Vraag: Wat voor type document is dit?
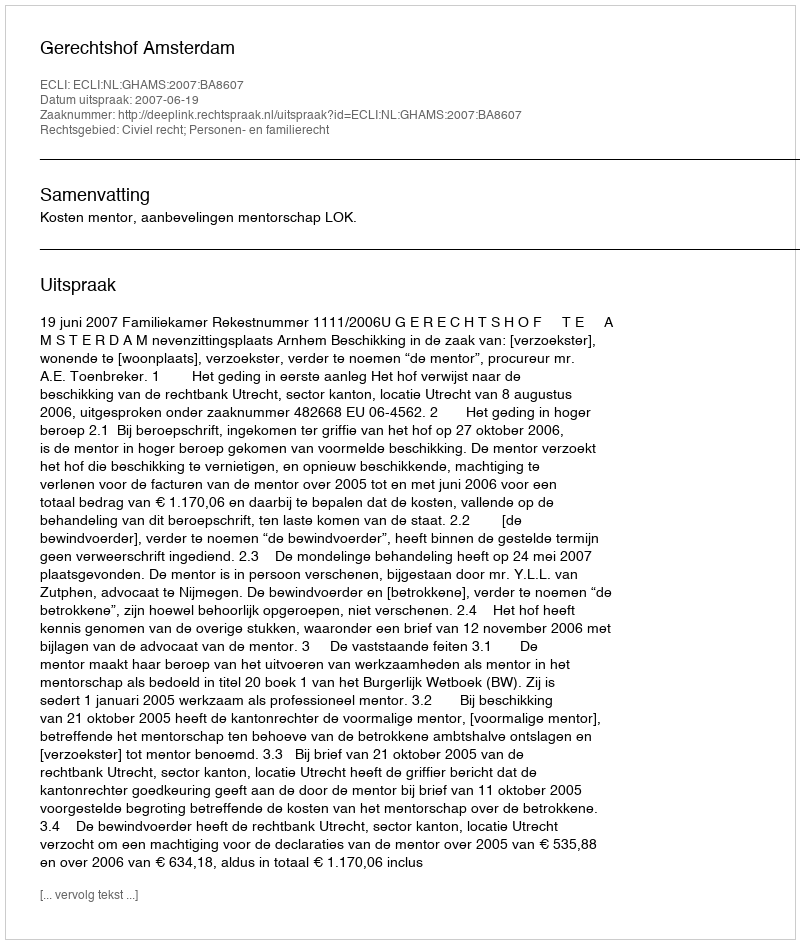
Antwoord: Uitspraak